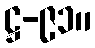
ဋ္ဌ-၉၁။